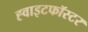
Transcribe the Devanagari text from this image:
ह्वाइटफॉस्टर